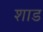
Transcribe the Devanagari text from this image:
शाड